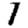
Digit: 1